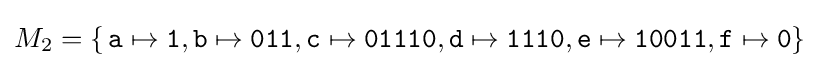
M_{2}=\{\,{\texttt {a}}\mapsto {\texttt {1}},{\texttt {b}}\mapsto {\texttt {011}},{\texttt {c}}\mapsto {\texttt {01110}},{\texttt {d}}\mapsto {\texttt {1110}},{\texttt {e}}\mapsto {\texttt {10011}},{\texttt {f}}\mapsto {\texttt {0}}\}